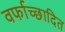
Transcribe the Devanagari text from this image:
वर्फाच्‍छादित